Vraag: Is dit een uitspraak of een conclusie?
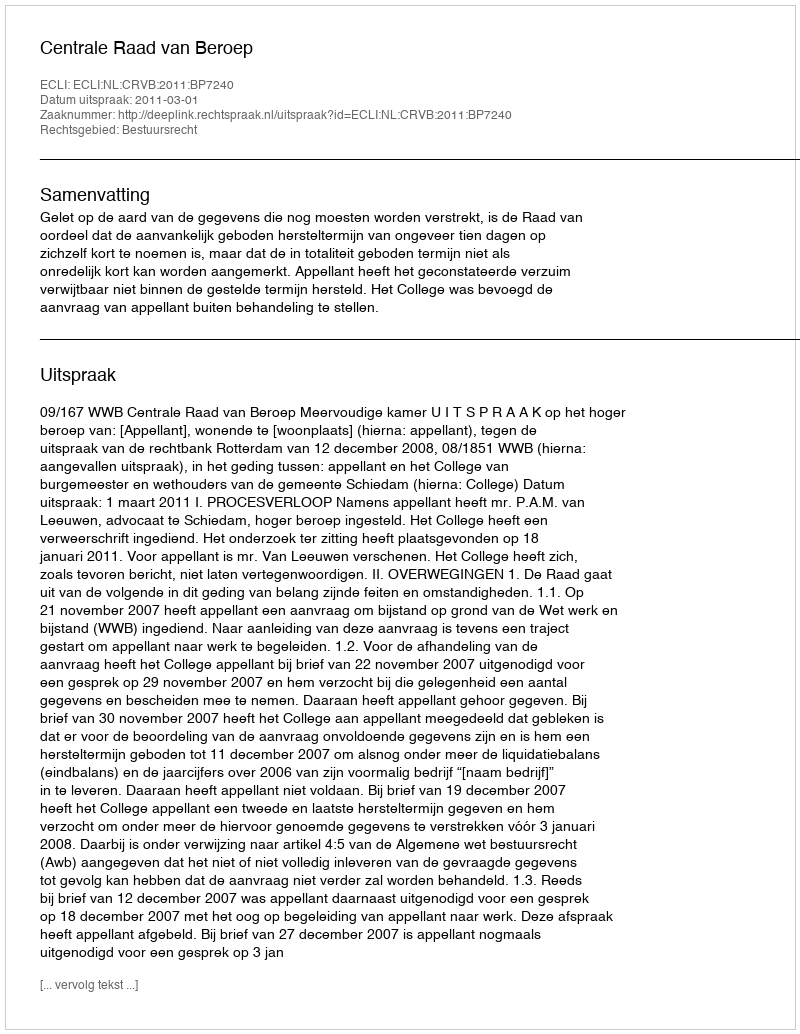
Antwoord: Uitspraak